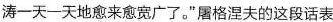
涛一天一天地愈来愈宽广了。”屠格涅夫的这段话表